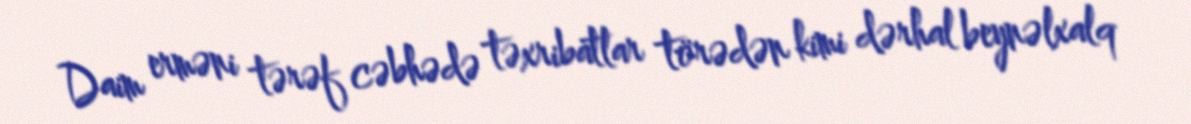
Daim erməni tərəf cəbhədə təxribatlar törədən kimi dərhal beynəlxalq